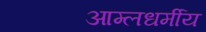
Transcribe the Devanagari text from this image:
आम्लधर्मीय